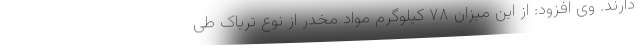
دارند. وی افزود: از این میزان ۷۸ کیلوگرم مواد مخدر از نوع تریاک طی